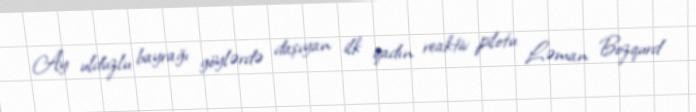
Ay ulduzlu bayrağı göylərdə daşıyan ilk qadın reaktiv pilotu Ləman Bozqurd